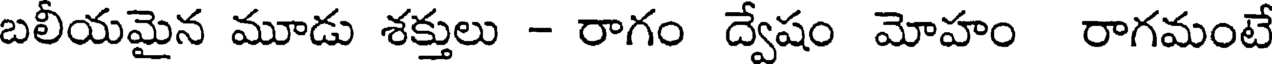
బలీయమైన మూడు శక్తులు - రాగం ద్వేషం మోహం రాగమంటే